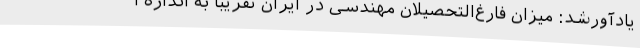
یادآورشد: میزان فارغ‌التحصیلان مهندسی در ایران تقریبا به اندازه آ